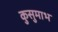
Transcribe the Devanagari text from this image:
कुसुमाभ